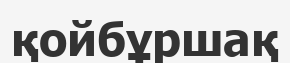
қойбұршақ